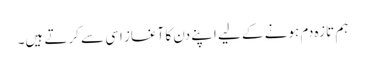
ہم تازہ دم ہونے کے لیے اپنے دن کا آغاز اسی سے کرتے ہیں۔